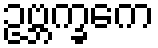
ဥဗ္ဘက္ခကေ